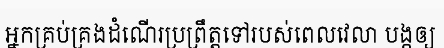
អ្នកគ្រប់គ្រងដំណើរប្រព្រឹត្តទៅរបស់ពេលវេលា បង្កឲ្យ